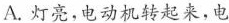
A.灯亮，电动机转起来，电